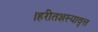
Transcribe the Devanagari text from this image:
।हरीतशस्यावृत्त